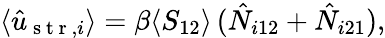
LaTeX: \begin{array}{r}{\langle\hat{u}_{\mathrm{~s~t~r~},i}\rangle=\beta\langle S_{12}\rangle\, (\hat{N}_{i12}+\hat{N}_{i21}),}\end{array}